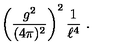
\left( { \frac { g ^ { 2 } } { ( 4 \pi ) ^ { 2 } } } \right) ^ { 2 } { \frac { 1 } { \ell ^ { 4 } } } \ .